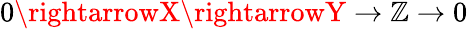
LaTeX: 0\rightarrowX\rightarrowY\rightarrow\mathbb{Z}\rightarrow0